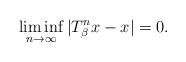
LaTeX: \begin{align*}\liminf_{n\to\infty}|T_{\beta}^nx-x|=0.\end{align*}